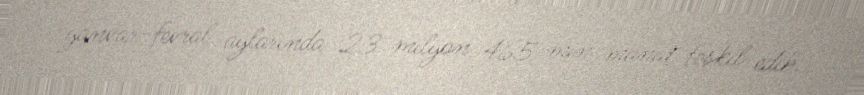
yanvar-fevral aylarında 23 milyon 465 min manat təşkil edib.